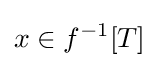
x\in f^{-1}[T]